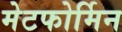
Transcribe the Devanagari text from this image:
मेटफोर्मिन